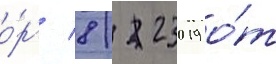
о́рг/ 8/ 23019 о́т